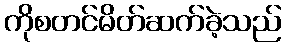
ကိုစတင်မိတ်ဆက်ခဲ့သည်